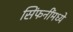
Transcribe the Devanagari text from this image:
सिंफनींमध्ये